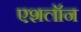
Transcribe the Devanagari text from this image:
एशलॉन